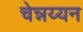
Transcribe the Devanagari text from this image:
चेन्नय्यन